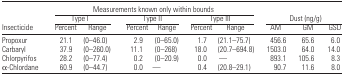
|  | <COLSPAN=6> Measurements known only within bounds |  |  |  |
 |  | <COLSPAN=2> Type I | <COLSPAN=2> Type II | <COLSPAN=2> Type III | <COLSPAN=3> Dust (ng/g) |
 | Insecticide | Percent | Range | Percent | Range | Percent | Range | AM | GM | GSD |
 | --- | --- | --- | --- | --- | --- | --- | --- | --- | --- |
 | Propoxur | 21.1 | (0–46.0) | 2.9 | (0–65.0) | 1.7 | (21.1–75.7) | 456.6 | 65.6 | 6.0 |
 | Carbaryl | 37.9 | (0–260.0) | 11.1 | (0–268) | 18.0 | (20.7–694.8) | 1503.0 | 64.0 | 14.0 |
 | Chlorpyrifos | 28.2 | (0–77.4) | 0.2 | (0–20.9) | 0.0 | — | 893.1 | 105.6 | 8.3 |
 | α-Chlordane | 60.9 | (0–44.7) | 0.0 | — | 0.4 | (20.8–29.1) | 90.7 | 11.6 | 8.0 |